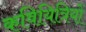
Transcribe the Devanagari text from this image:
कवियित्रियों